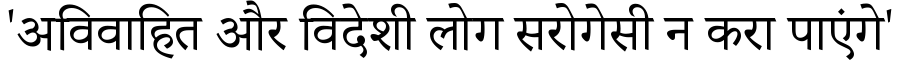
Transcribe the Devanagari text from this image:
'अविवाहित और विदेशी लोग सरोगेसी न करा पाएंगे'